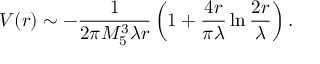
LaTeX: V ( r ) \sim - \frac { 1 } { 2 \pi M _ { 5 } ^ { 3 } \lambda r } \left( 1 + \frac { 4 r } { \pi \lambda } \ln \frac { 2 r } { \lambda } \right) .